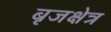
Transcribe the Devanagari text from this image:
बृजक्षेत्र